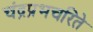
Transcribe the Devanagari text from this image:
चंद्रप्रभचरिते